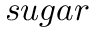
s u g a r